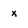
Character: x